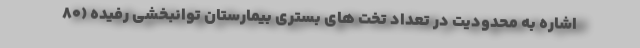
اشاره به محدودیت در تعداد تخت های بستری بیمارستان توانبخشی رفیده (۸۰